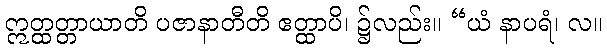
ဣတ္ထတ္တာယာတိ ပဇာနာတီတိ ဧတ္ထာပိ၊ ၌လည်း။ “ယံ နာပရံ၊ လ။